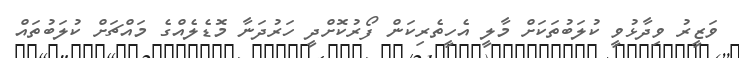
ވަޒީރު ވިދާޅުވީ ކުލަބުތަކަށް މާލީ އެހީތެރިކަން ފޯރުކޮށްދީ ހަރުދަނާ މޮޑެލެއްގެ މައްޗަށް ކުލަބުތައް